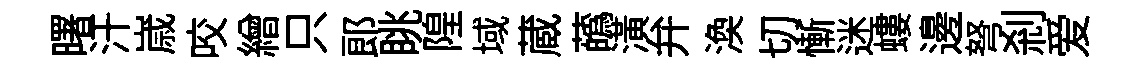
曙汗𡻕咬繒只郞眺隍域蔵蘤潢弁渙切慚迷螻邊弩刹爱